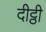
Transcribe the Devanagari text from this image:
दीट्ठी